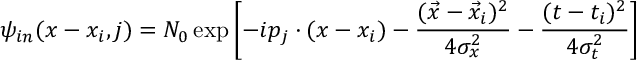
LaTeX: \psi _ { i n } ( x - x _ { i } , j ) = N _ { 0 } \exp \left[ - i p _ { j } \cdot ( x - x _ { i } ) - \frac { ( \vec { x } - \vec { x } _ { i } ) ^ { 2 } } { 4 \sigma _ { x } ^ { 2 } } - \frac { ( t - t _ { i } ) ^ { 2 } } { 4 \sigma _ { t } ^ { 2 } } \right]